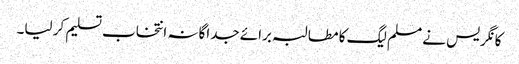
کانگریس نے مسلم لیگ کا مطالبہ برائے جداگانہ انتخاب تسلیم کر لیا۔